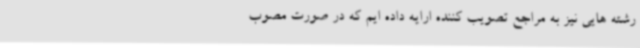
رشته هایی نیز به مراجع تصویب کننده ارایه داده ایم که در صورت مصوب